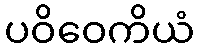
ပဝိဝေကိယံ